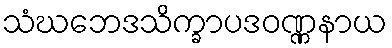
သံဃဘေဒသိက္ခာပဒဝဏ္ဏနာယ